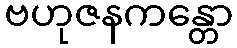
ဗဟုဇနကန္တော